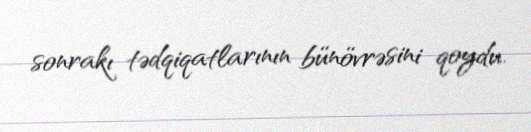
sonrakı tədqiqatlarının bünövrəsini qoydu.